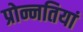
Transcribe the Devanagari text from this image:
प्रोन्नतियां